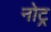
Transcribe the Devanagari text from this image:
नोट्र